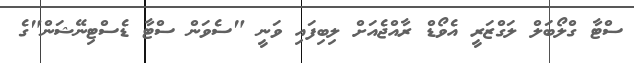
ސްޓާ ގްލޯބަލް ލަގްޒަރީ އެވޯޑް ރާއްޖެއަށް ލިބިފައި ވަނީ "ސެވަން ސްޓާ ޑެސްޓިނޭޝަން"ގެ